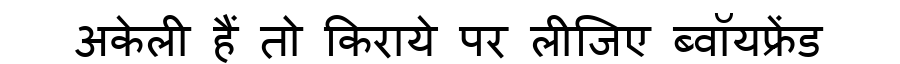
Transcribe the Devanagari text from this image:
अकेली हैं तो किराये पर लीजिए ब्वॉयफ्रेंड